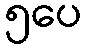
၅ပေ